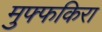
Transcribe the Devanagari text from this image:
मुफ्फकिरा